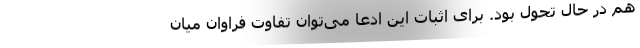
هم در حال تحول بود. برای اثبات این ادعا می‌توان تفاوت فراوان میان